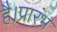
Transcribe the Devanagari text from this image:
है।प्रारंभ